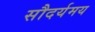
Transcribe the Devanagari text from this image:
सौदर्यमय